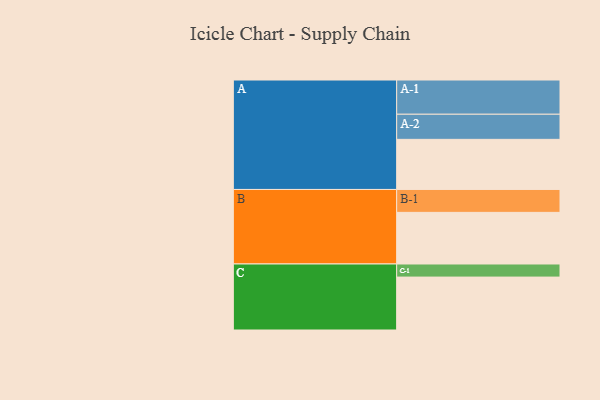
{"axis": {"x": "Segment", "y": "Value"}, "legend": ["", "A", "B", "C"], "data": [{"x": "A", "y": 429, "type": ""}, {"x": "B", "y": 442, "type": ""}, {"x": "C", "y": 453, "type": ""}, {"x": "A-1", "y": 293, "type": "A"}, {"x": "A-2", "y": 215, "type": "A"}, {"x": "B-1", "y": 196, "type": "B"}, {"x": "C-1", "y": 112, "type": "C"}]}